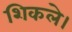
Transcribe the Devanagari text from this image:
शिकले।